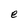
Character: e